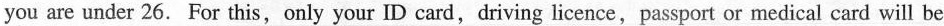
you are under 26. For this,only your ID card,driving licence,passport or medical card will be